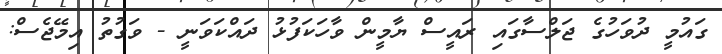
ގައުމީ ދުވަހުގެ ޖަލްސާގައި ރައީސް ޔާމީން ވާހަކަފުޅު ދައްކަވަނީ - ވަގުތު އިމޭޖެސް: